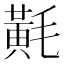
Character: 𪎷